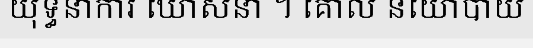
យុទ្ធនាការ ឃោសនា ។ គោល នយោបាយ